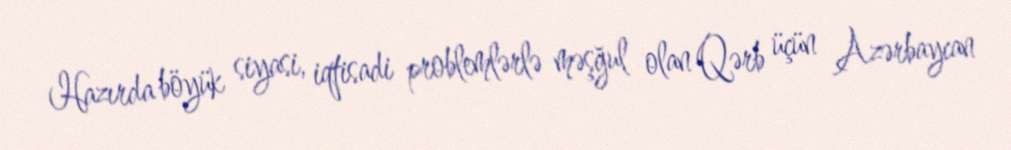
Hazırda böyük siyasi, iqtisadi problemlərlə məşğul olan Qərb üçün Azərbaycan